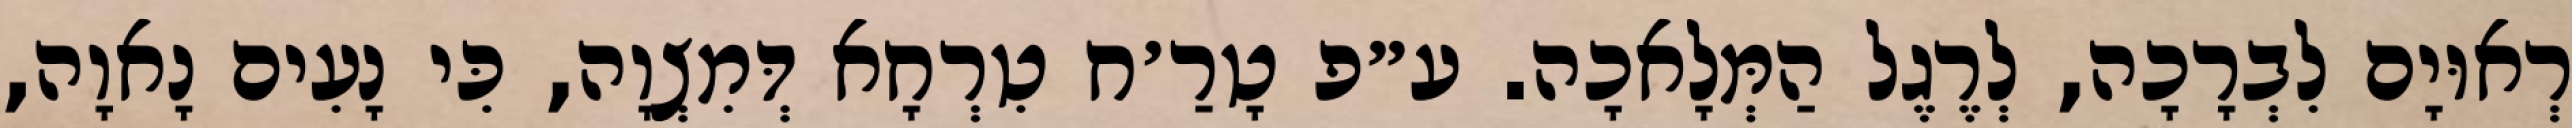
רְאוּיָם לִבְרָכָה, לְרֶגֶל הַמְּלָאכָה. ע״פ טָרַ׳ח טִרְחָא דְּמִצְוָה, כִּי נָעִים נָאוָה,